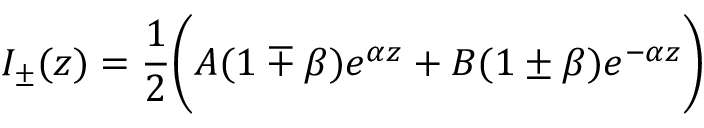
I _ { \pm } ( z ) = \frac { 1 } { 2 } \bigg ( A ( 1 \mp \beta ) e ^ { \alpha z } + B ( 1 \pm \beta ) e ^ { - \alpha z } \bigg )